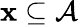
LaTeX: \mathbf{x}\subseteq{\mathcal{{A}}}